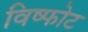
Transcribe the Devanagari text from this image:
विष्फोट